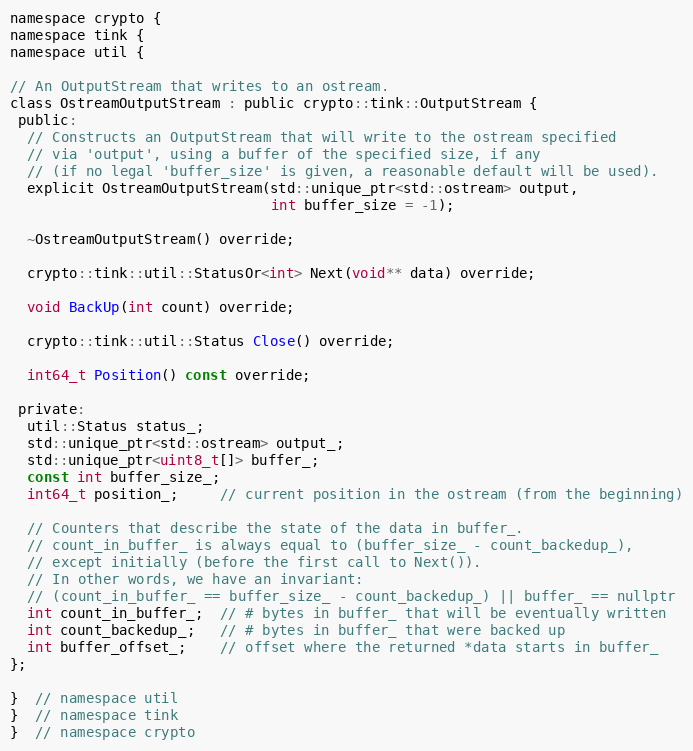
Language: C
namespace crypto {
namespace tink {
namespace util {

// An OutputStream that writes to an ostream.
class OstreamOutputStream : public crypto::tink::OutputStream {
 public:
  // Constructs an OutputStream that will write to the ostream specified
  // via 'output', using a buffer of the specified size, if any
  // (if no legal 'buffer_size' is given, a reasonable default will be used).
  explicit OstreamOutputStream(std::unique_ptr<std::ostream> output,
                               int buffer_size = -1);

  ~OstreamOutputStream() override;

  crypto::tink::util::StatusOr<int> Next(void** data) override;

  void BackUp(int count) override;

  crypto::tink::util::Status Close() override;

  int64_t Position() const override;

 private:
  util::Status status_;
  std::unique_ptr<std::ostream> output_;
  std::unique_ptr<uint8_t[]> buffer_;
  const int buffer_size_;
  int64_t position_;     // current position in the ostream (from the beginning)

  // Counters that describe the state of the data in buffer_.
  // count_in_buffer_ is always equal to (buffer_size_ - count_backedup_),
  // except initially (before the first call to Next()).
  // In other words, we have an invariant:
  // (count_in_buffer_ == buffer_size_ - count_backedup_) || buffer_ == nullptr
  int count_in_buffer_;  // # bytes in buffer_ that will be eventually written
  int count_backedup_;   // # bytes in buffer_ that were backed up
  int buffer_offset_;    // offset where the returned *data starts in buffer_
};

}  // namespace util
}  // namespace tink
}  // namespace crypto